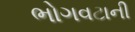
ભોગવટાની